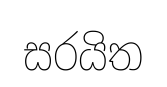
සරයිත